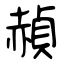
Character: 赬